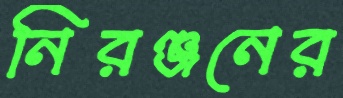
নিরঞ্জনের